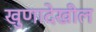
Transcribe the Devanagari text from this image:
खुणादेखील